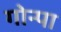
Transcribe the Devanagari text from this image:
गोन्पा